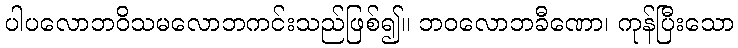
ပါပလောဘဝိသမလောဘကင်းသည်ဖြစ်၍။ ဘဝလောဘခီဏော၊ ကုန်ပြီးသော